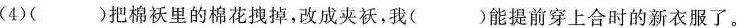
(4)( )把棉袄里的棉花拽掉，改成夹袄，我( )能提前穿上合时的新衣服了。